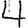
Digit: 4